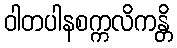
ဝါတပါနစက္ကလိကန္တိ